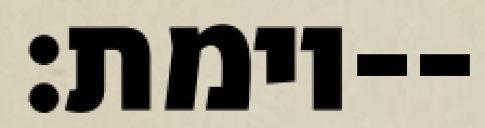
וימת׃--